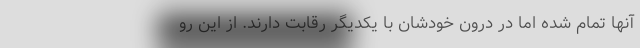
آنها تمام شده اما در درون خودشان با یکدیگر رقابت دارند. از این رو